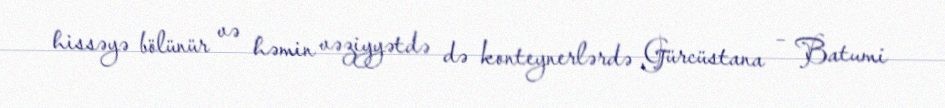
hissəyə bölünür və həmin vəziyyətdə də konteynerlərdə Gürcüstana – Batumi